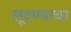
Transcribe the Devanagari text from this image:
लूटण्याचा